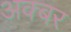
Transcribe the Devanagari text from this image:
अक्बर